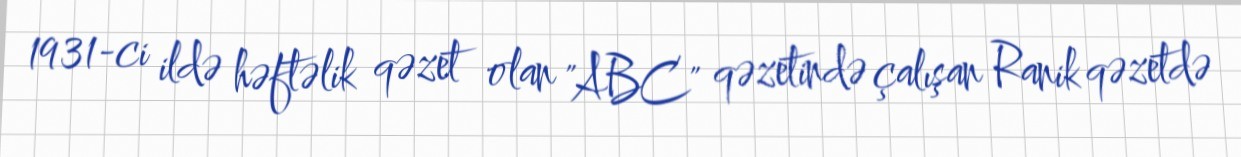
1931-ci ildə həftəlik qəzet olan "ABC" qəzetində çalışan Ranik qəzetdə